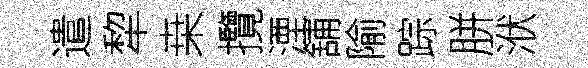
遣犂桒攬湮舖隃踪胼洑